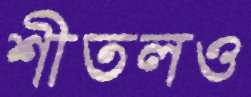
শীতলও